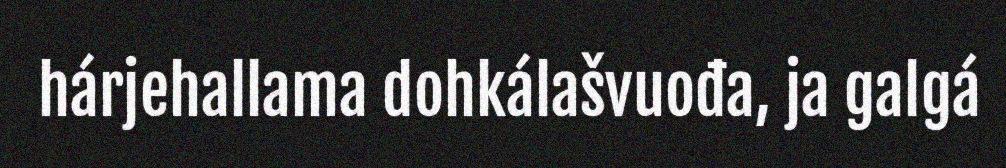
hárjehallama dohkálašvuođa, ja galgá